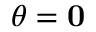
\mathbf { \nabla } \theta = { \bf { 0 } }